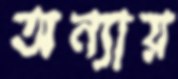
অন্যায়